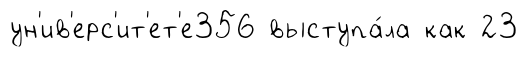
ун'ив'ерс'ит'ет'е356 выступа́ла как 23